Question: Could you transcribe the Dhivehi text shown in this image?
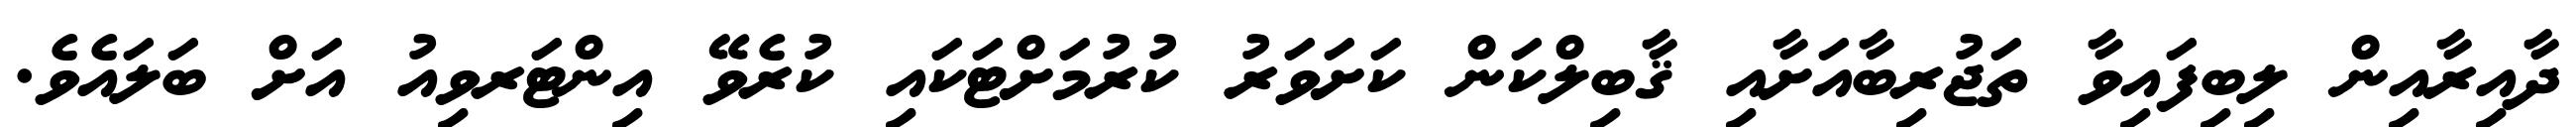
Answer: ދާއިރާއިން ލިބިފައިވާ ތަޖުރިބާއަށާއި ޤާބިލްކަން ކަށަވަރު ކުރުމަށްޓަކައި ކުރެވޭ އިންޓަރވިއު އަށް ބަލައެވެ.